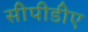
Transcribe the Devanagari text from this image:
सीपीडीए